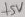
Text: +5V